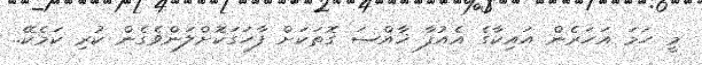
މީ ހަމަ އަހަރެން އައިކާގެ އެއުފާ ޚާއްސަ ގޮތަކަށް ފާހަގަކޮށްލަންވެގެން ކުރި ކަމެކޭ..